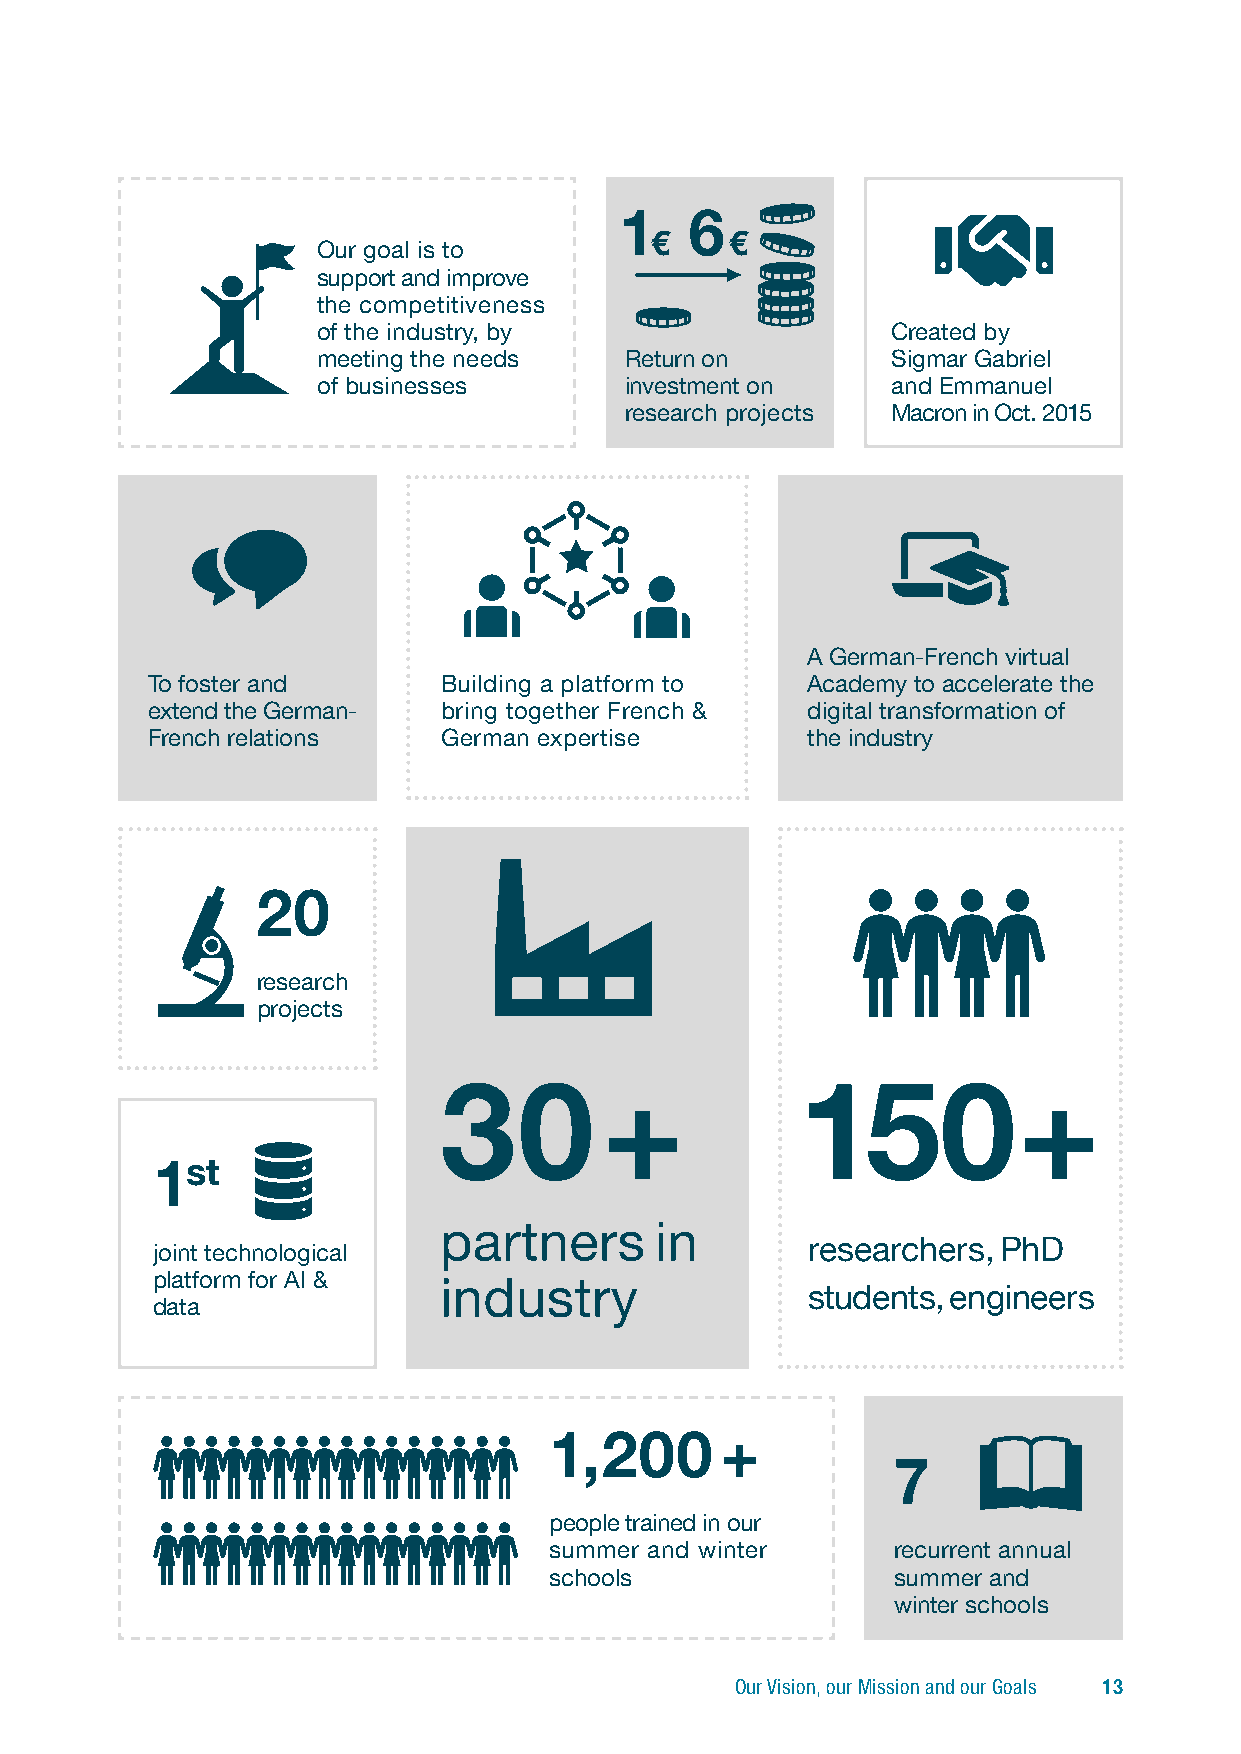
1    6
 €    €
 Our goal is to
 support and improve
 the competitiveness
 of the industry, by                   Created by
 meeting the needs   Return on         Sigmar Gabriel
 of businesses       investment on     and Emmanuel
 research projects Macron in Oct. 2015
 A German-French virtual
 To foster and      Building a platform to  Academy to accelerate the
 extend the German- bring together French & digital transformation of
 French relations   German expertise        the industry
 20
 research
 projects
 30         +            150            +
 1st
 partners      in
 r esearchers, PhD
 joint technological
 platform for AI &  industry
 students, engineers
 data
 1,200       +
 7
 people trained in our
 summer and winter      recurrent annual
 schools                summer and
 winter schools
 Our Vision, our Mission and our Goals 13